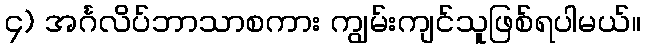
၄) အင်္ဂလိပ်ဘာသာစကား ကျွမ်းကျင်သူဖြစ်ရပါမယ်။